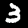
Digit: 3